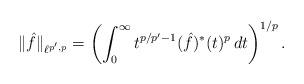
LaTeX: \begin{align*}\|\hat f\|_{\ell^{p',p}}=\left(\int_0^\infty t^{p/p'-1}(\hat f)^*(t)^p\,dt\right)^{1/p}.\end{align*}